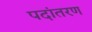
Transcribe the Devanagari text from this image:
पदांतरण